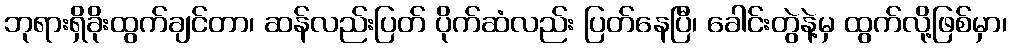
ဘုရားရှိခိုးထွက်ချင်တာ၊ ဆန်လည်းပြတ် ပိုက်ဆံလည်း ပြတ်နေပြီ၊ ခေါင်းတွဲနဲ့မှ ထွက်လို့ဖြစ်မှာ၊